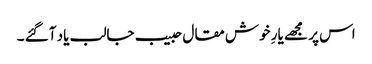
اس پر مجھے یارِ خوش مقال حبیب جالب یاد آگئے ۔